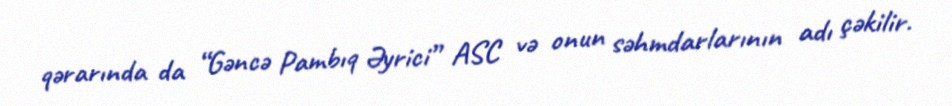
qərarında da “Gəncə Pambıq Əyrici” ASC və onun səhmdarlarının adı çəkilir.